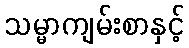
သမ္မာကျမ်းစာနှင့်